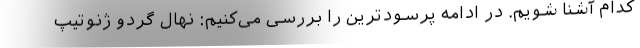
کدام آشنا شویم. در ادامه پرسودترین را بررسی می­‌کنیم: نهال گردو ژنوتیپ